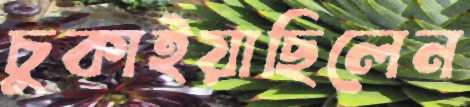
চুকাইয়াছিলেন